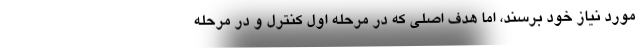
مورد نیاز خود برسند، اما هدف اصلی که در مرحله اول کنترل و در مرحله